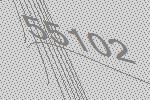
55102